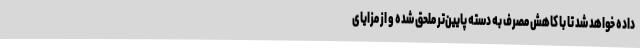
داده خواهد شد تا با کاهش مصرف به دسته پایین‌تر ملحق شده و از مزایای